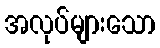
အလုပ်များသော